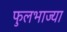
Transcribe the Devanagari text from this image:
फुलभाज्या